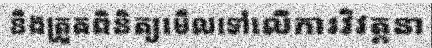
នឹងត្រួតពិនិត្យមើលទៅលើការវិវត្តនា